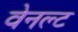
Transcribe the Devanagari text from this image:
वेनल्ट